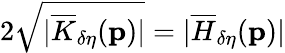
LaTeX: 2\sqrt{\vert\overline{{K}}_{\delta\eta}(\mathbf{p})\vert}=\vert\overline{{H}}_{\delta\eta}(\mathbf{p})\vert